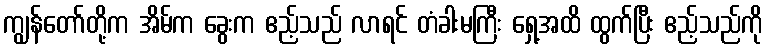
ကျွန်တော်တို့က အိမ်က ခွေးက ဧည့်သည် လာရင် တံခါးမကြီး ရှေ့အထိ ထွက်ပြီး ဧည့်သည်ကို